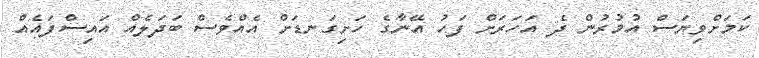
ކަމަށްވިޔަސް އުމުރުން ދެ އަހަރަށް ފަހު އޭނާގެ ހަށިގަނޑަށް އެއްވެސް ބަދަލެއް އައިސްފައެއް